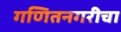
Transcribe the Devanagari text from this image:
गणितनगरीचा